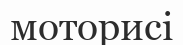
моторисі